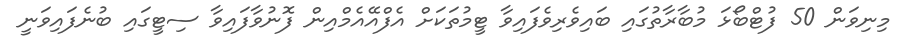
މިނިވަން 50 ފުޓްބޯޅަ މުބާރާތުގައި ބައިވެރިވެފައިވާ ޓީމުތަކަށް އެފްއޭއެމްއިން ފޮނުވާފައިވާ ސިޓީގައި ބުނެފައިވަނީ